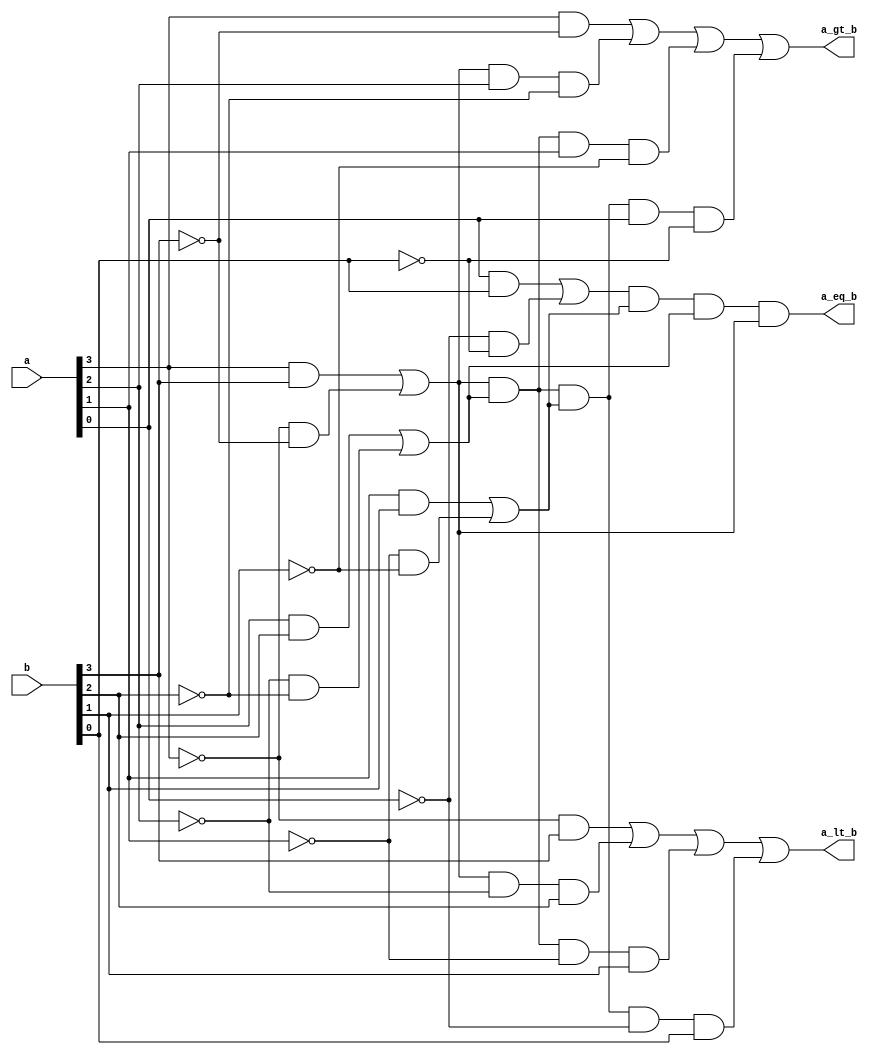
module cmp(a,b,a_eq_b,a_gt_b,a_lt_b);
input [3:0]a,b;
output a_eq_b,a_gt_b,a_lt_b;
wire [3:0]x;
assign x[0] = a[0]&b[0]|~a[0]&~b[0];
assign x[1] = a[1]&b[1]|~a[1]&~b[1];
assign x[2] = a[2]&b[2]|~a[2]&~b[2];
assign x[3] = a[3]&b[3]|~a[3]&~b[3];
assign a_eq_b = x[0]&x[1]&x[2]&x[3];
assign a_gt_b = a[3]&(~b[3])|x[3]&a[2]&(~b[2])|x[3]&x[2]&a[1]&(~b[1])|x[3]&x[2]&x[1]&a[0]&(~b[0]);
assign a_lt_b = ~a[3]&b[3]|x[3]&~a[2]&b[2]|x[3]&x[2]&~a[1]&b[1]|x[3]&x[2]&x[1]&~a[0]&b[0];
endmodule